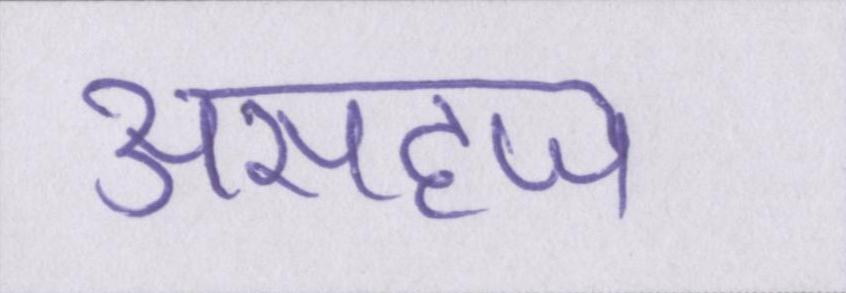
असहज